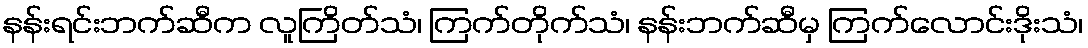
နန်းရင်းဘက်ဆီက လူကြိတ်သံ၊ ကြက်တိုက်သံ၊ နန်းဘက်ဆီမှ ကြက်လောင်းဒိုးသံ၊